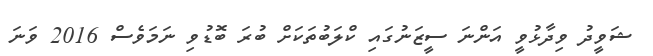
ޝަވީދު ވިދާޅުވީ އަންނަ ސީޒަނުގައި ކްލަބުތަކަށް ބުރަ ބޮޑުވި ނަމަވެސް 2016 ވަނަ